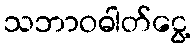
သဘာဝဓါတ်ငွေ့